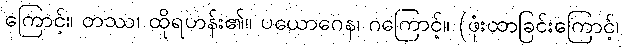
ကြောင့်။ တဿ၊ ထိုရဟန်း၏။ ပယောဂေန၊ ဂကြောင့်။ (ဖုံးထာခြင်းကြောင့်၊